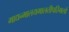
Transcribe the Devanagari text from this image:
माद्यन्मालयमालतीपरिमलो